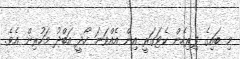
މި ބައިގެ ފިރިހެން ކެޓަގަރީ އިން އެއްވަނަ ހޯދީ އަބްދު މަހުރިން އެވެ.